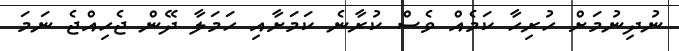
ނުދިނުމަށް ހުރިހާ ކަމެއް ވެސް ކުރާނެ ކަމަށާއި ހަމަލާ ދޭން ޖެހިއްޖެ ނަމަ